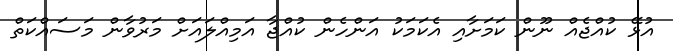
އުޅޭ ކުއްޖެއް ނޫން ކަމަށާއި އެކަމަކު އަންހެން ކުއްޖާ އަމިއްލައަށް މަރުވާން މަސައްކަތް